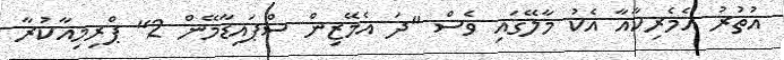
އުތުރު އެމެރިކާއާ އެކު މާލޭގައި ވެސް "ދަ އެމޭޒިން ސްޕައިޑާމޭން 2" ޕްރިމިއާކުރާ